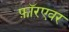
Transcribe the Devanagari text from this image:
फ़ॉरएवर